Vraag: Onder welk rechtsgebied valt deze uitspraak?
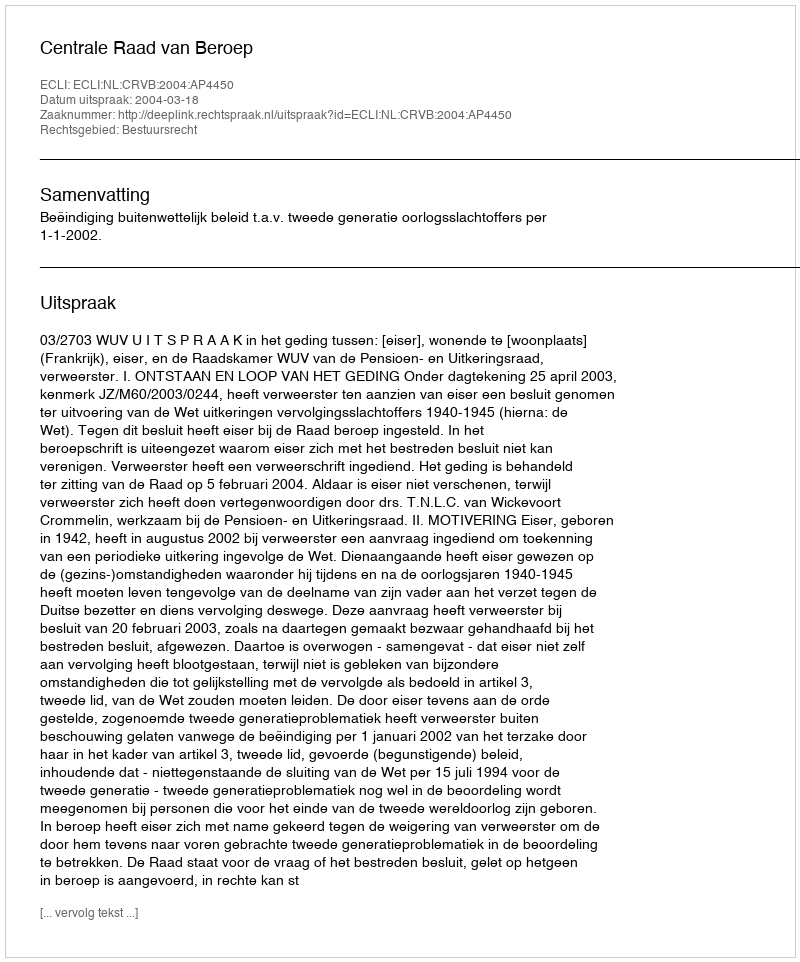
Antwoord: Bestuursrecht